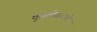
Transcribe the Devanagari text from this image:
कुस्तीसारखे